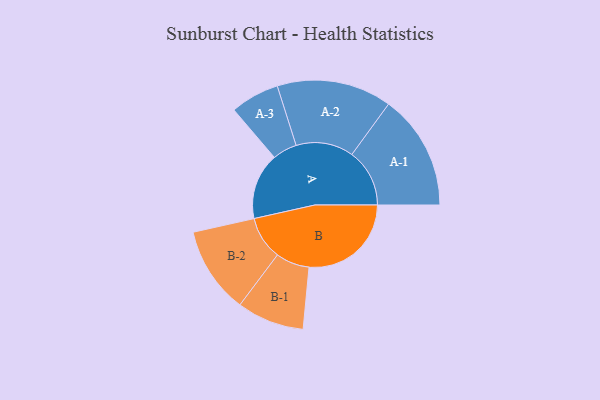
{"axis": {"x": "Segment", "y": "Value"}, "legend": ["", "A", "B"], "data": [{"x": "A", "y": 296, "type": ""}, {"x": "B", "y": 455, "type": ""}, {"x": "A-1", "y": 257, "type": "A"}, {"x": "A-2", "y": 256, "type": "A"}, {"x": "A-3", "y": 109, "type": "A"}, {"x": "B-1", "y": 150, "type": "B"}, {"x": "B-2", "y": 193, "type": "B"}]}